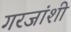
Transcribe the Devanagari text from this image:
गरजांशी